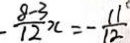
- \frac { 8 - 3 } { 1 2 } x = - \frac { 1 1 } { 1 2 }